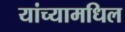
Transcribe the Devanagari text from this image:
यांच्यामधिल